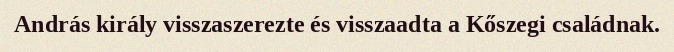
András király visszaszerezte és visszaadta a Kőszegi családnak.